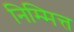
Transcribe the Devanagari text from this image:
निम्मित्त